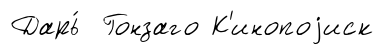
Дарь́ Гонзаго К'инопоjиск